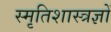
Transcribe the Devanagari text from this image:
स्मृतिशास्त्रज्ञों